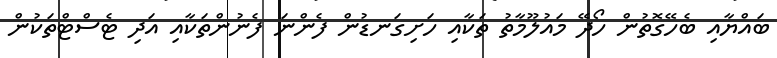
ބައްޔާއި ބެހޭގޮތުން ހޯދޭ މައުލޫމާތު ތަކާއި ހަށިގަނޑުން ފެންނަ ފެނުންތަކާއި އަދި ޓެސްޓްތަކުން